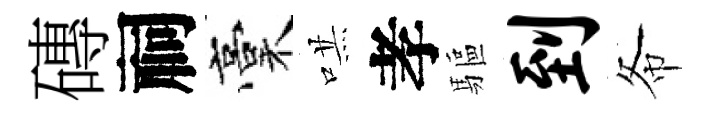
磚祠稾哄孝驅到𢁙